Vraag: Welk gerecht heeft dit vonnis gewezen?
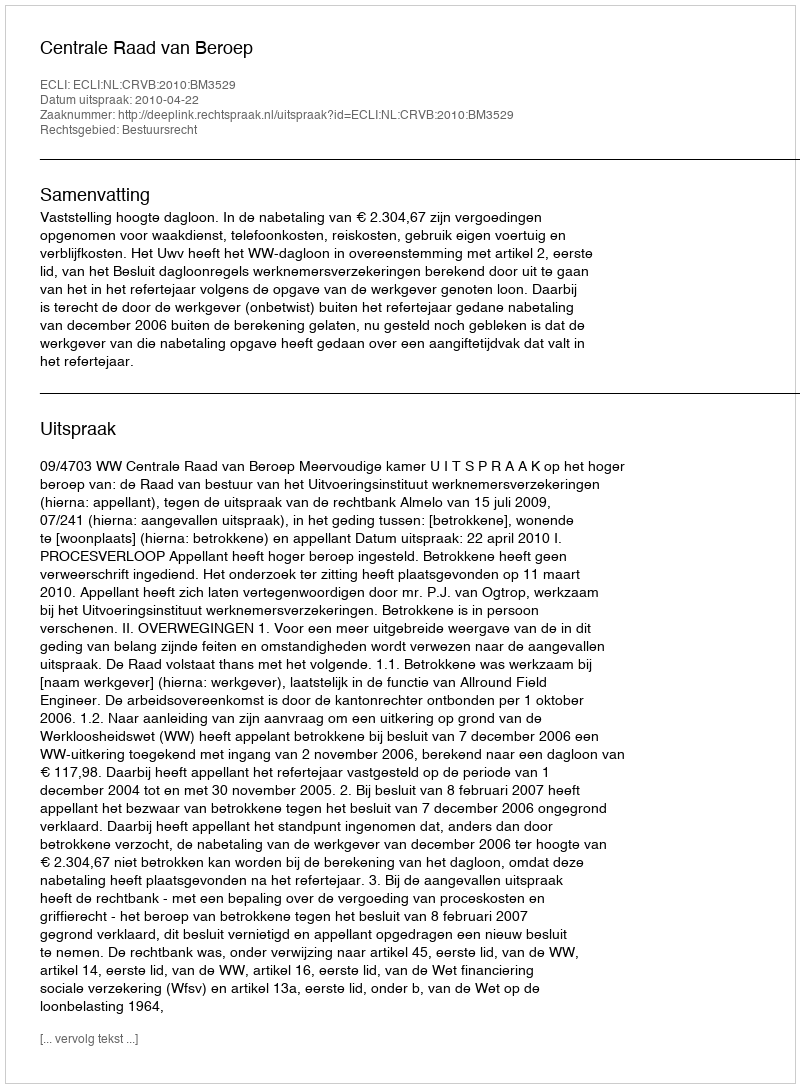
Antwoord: Centrale Raad van Beroep